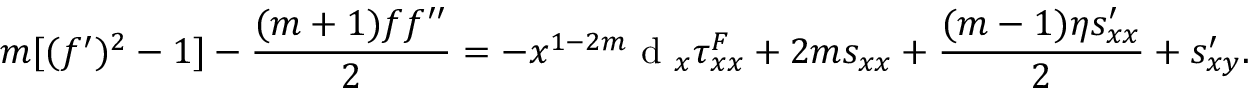
m [ ( f ^ { \prime } ) ^ { 2 } - 1 ] - \frac { ( m + 1 ) f f ^ { \prime \prime } } { 2 } = - x ^ { 1 - 2 m } \textrm { d } _ { x } \tau _ { x x } ^ { F } + 2 m s _ { x x } + \frac { ( m - 1 ) \eta s _ { x x } ^ { \prime } } { 2 } + s _ { x y } ^ { \prime } .